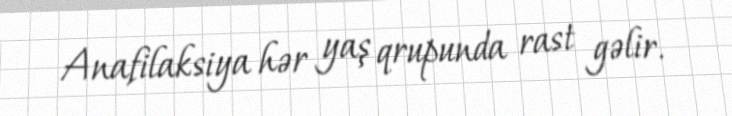
Anafilaksiya hər yaş qrupunda rast gəlir.